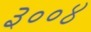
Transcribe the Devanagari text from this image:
३००४